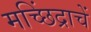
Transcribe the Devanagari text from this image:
मच्छिंद्राचें